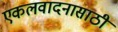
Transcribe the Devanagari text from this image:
एकलवादनासाठी